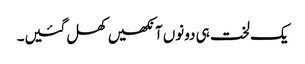
یک لخت ہی دونوں آنکھیں کھل گئیں۔